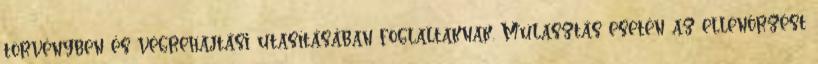
törvényben és végrehajtási utasításában foglaltaknak. Mulasztás esetén az ellenőrzést